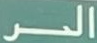
الحر